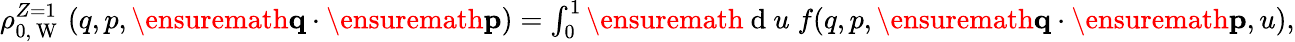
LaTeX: \begin{array}{r}{\rho_{0,\mathrm{~W~}}^{Z=1}\left(q,p,\ensuremath{\mathbf{q}}\cdot\ensuremath{\mathbf{p}}\right)=\int_{0}^{1}\ensuremath{\mathrm{~d~}}u\; f(q,p,\ensuremath{\mathbf{q}}\cdot\ensuremath{\mathbf{p}},u),}\end{array}